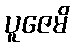
ပူဇေမိ